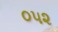
૦૫૨